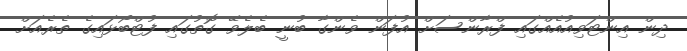
ދިން އިންޓަވިއުއެއްގައި ފްރާންސަށް އުފަން ވެންގާ ބުނީ ބެލެވޭ ގޮތުގައި ފުޓްބޯޅައިގެ ތެރެއަށް